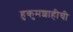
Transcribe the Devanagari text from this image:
हुकुमशाहीची